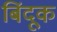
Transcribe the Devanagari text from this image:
बिंदूक